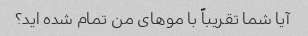
آیا شما تقریباً با موهای من تمام شده اید؟